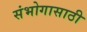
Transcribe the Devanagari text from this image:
संभोगासाठी